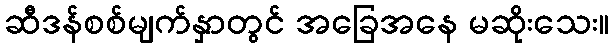
ဆီဒန်စစ်မျက်နှာတွင် အခြေအနေ မဆိုးသေး။